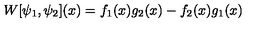
W [ \psi _ { 1 } , \psi _ { 2 } ] ( x ) = f _ { 1 } ( x ) g _ { 2 } ( x ) - f _ { 2 } ( x ) g _ { 1 } ( x )